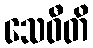
သေဝီတိ